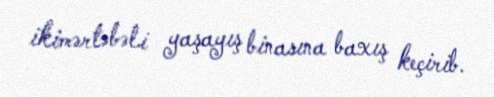
ikimərtəbəli yaşayış binasına baxış keçirib.